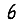
Digit: 6